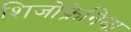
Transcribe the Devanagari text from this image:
शिजोफ्रेनिया